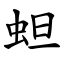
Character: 䖧